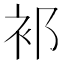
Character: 𬡅